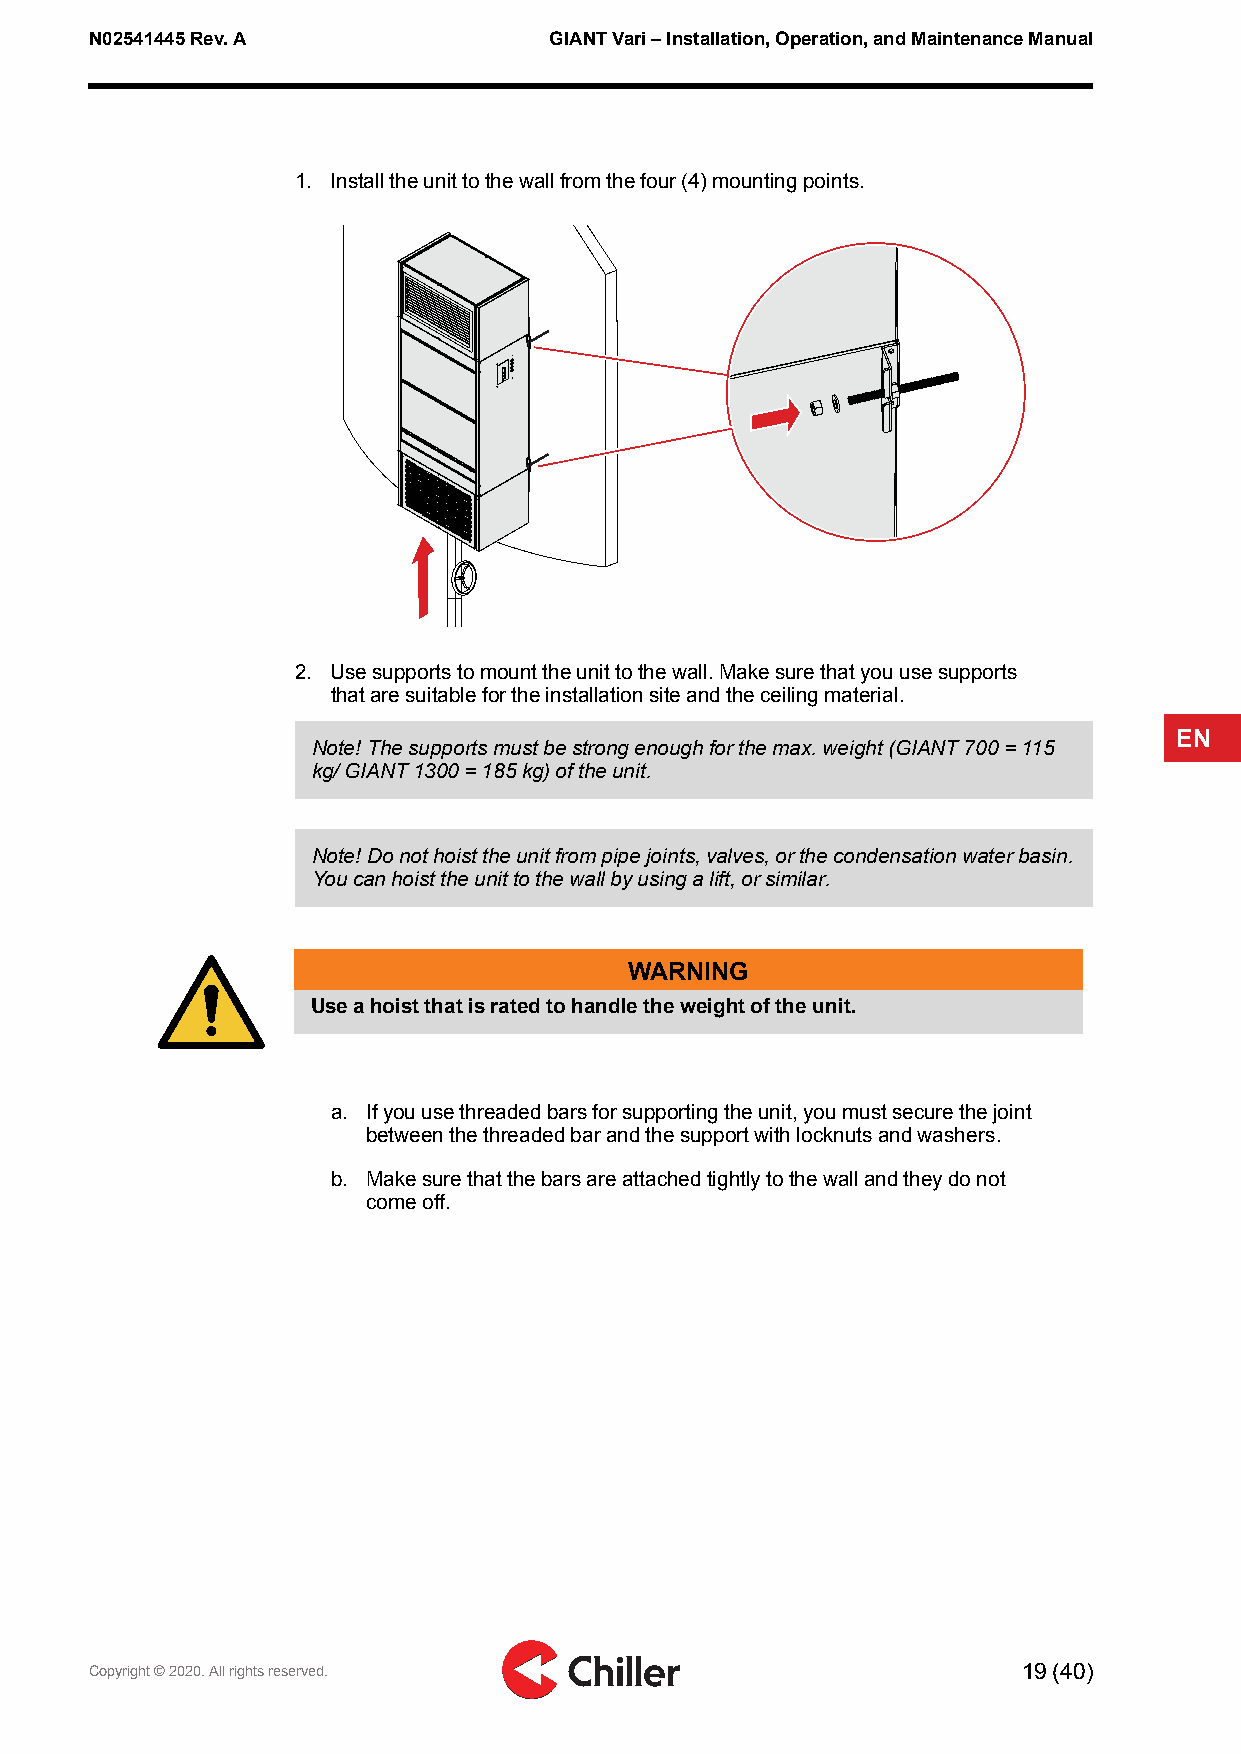
N02541445Rev.A                GIANTVari–Installation,Operation,andMaintenanceManual
 1. Installtheunittothewallfromthefour(4)mountingpoints.
 2. Usesupportstomounttheunittothewall.Makesurethatyouusesupports
 thataresuitablefortheinstallationsiteandtheceilingmaterial.
 EN
 Note!Thesupportsmustbestrongenoughforthemax.weight(GIANT700=115
 kg/GIANT1300=185kg)oftheunit.
 Note!Donothoisttheunitfrompipejoints,valves,orthecondensationwaterbasin.
 Youcanhoisttheunittothewallbyusingalift,orsimilar.
 WARNING
 Useahoistthatisratedtohandletheweightoftheunit.
 a. Ifyouusethreadedbarsforsupportingtheunit,youmustsecurethejoint
 betweenthethreadedbarandthesupportwithlocknutsandwashers.
 b. Makesurethatthebarsareattachedtightlytothewallandtheydonot
 comeoff.
 Copyright©2020.Allrightsreserved.                             19(40)